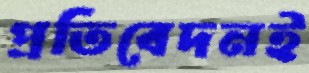
প্রতিবেদনই